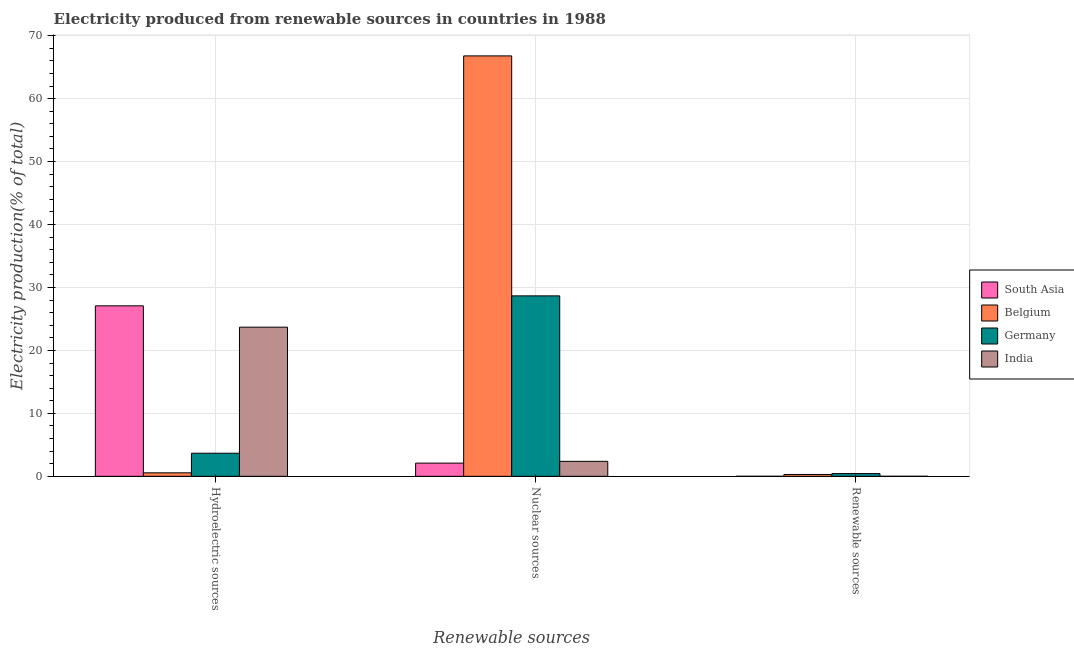
| Renewable sources | South Asia | Belgium | Germany | India |
 | --- | --- | --- | --- | --- |
 | Hydroelectric sources | 27.1 | 0.556 | 3.67 | 23.7 |
 | Nuclear sources | 2.1 | 66.8 | 28.7 | 2.38 |
 | Renewable sources | 0.00207 | 0.291 | 0.434 | 0.00246 |